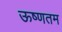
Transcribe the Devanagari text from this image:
ऊष्णतम